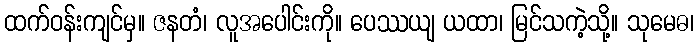
ထက်ဝန်းကျင်မှ။ ဇနတံ၊ လူအပေါင်းကို။ ပေဿယျ ယထာ၊ မြင်သကဲ့သို့။ သုမေဓ၊